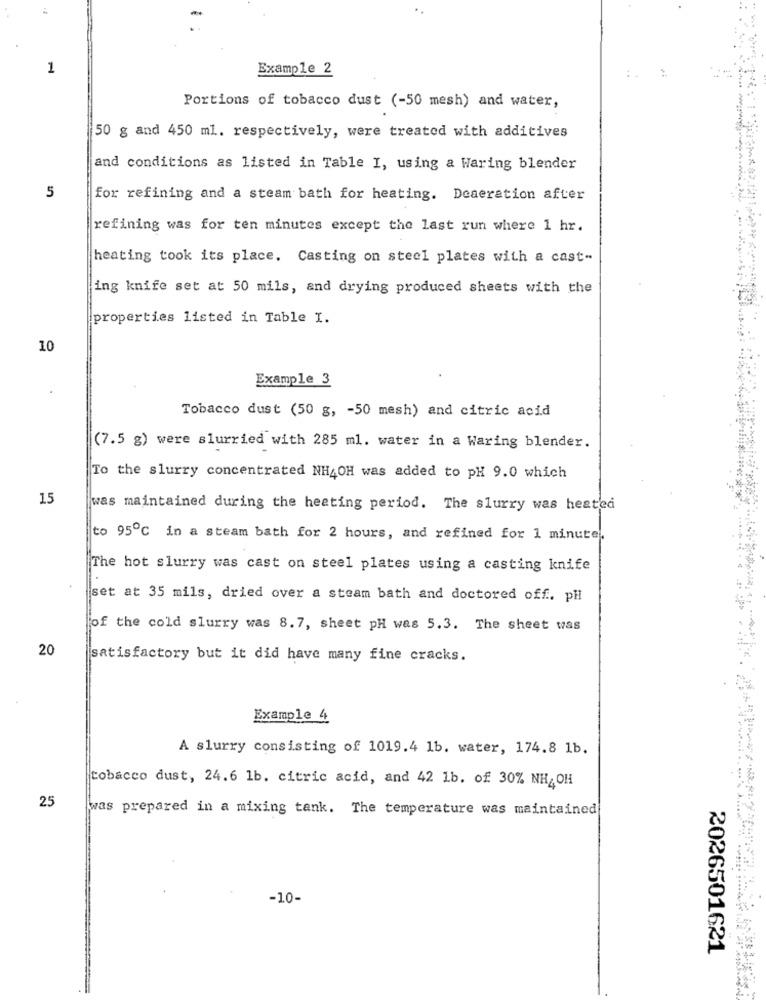
..
1
Example 2
Portions of tobacco dust (-50 mesh) and water,
50 g and 450 ml. respectively, were treated with additives
and conditions as listed in Table I, using a Waring blender
5
for refining and a steam bath for heating. Deaeration after
refining was for ten minutes except the last run where 1 hr.
heating took its place. Casting on steel plates with a cast-
ing knife set at 50 mils, and drying produced sheets with the
properties listed in Table I.
10
Example 3
Tobacco dust (50 g, - 50 mesh) and citric acid
(7.5 g) were slurried with 285 ml. water in a Waring blender.
To the slurry concentrated NH4OH was added to pH 9.0 which
15
was maintained during the heating period. The slurry was heated
to 95℃ in a steam bath for 2 hours, and refined for 1 minute.
The hot slurry was cast on steel plates using a casting knife
iset at 35 mils, dried over a steam bath and doctored off .. pll
[of the cold slurry was 8.7, sheet pH was 5.3. The sheet was
20
satisfactory but it did have many fine cracks.
Example 4
A slurry consisting of 1019.4 1b. water, 174.8 1b.
tobacco dust, 24.6 1b. citric acid, and 42 1b. of 30% NH4OH
25
was prepared in a mixing tank. The temperature was maintained
-10-
2026501621